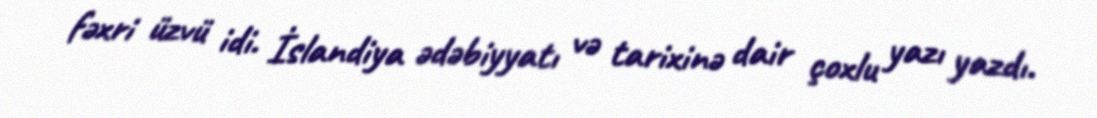
fəxri üzvü idi. İslandiya ədəbiyyatı və tarixinə dair çoxlu yazı yazdı.